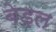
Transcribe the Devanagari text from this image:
बेड़ल